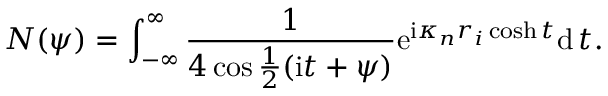
N ( \psi ) = \int _ { - \infty } ^ { \infty } \frac { 1 } { 4 \cos \frac { 1 } { 2 } ( \mathrm { i } t + \psi ) } \mathrm { e } ^ { \mathrm { i } \kappa _ { n } r _ { i } \cosh t } \mathrm { d } \, t .